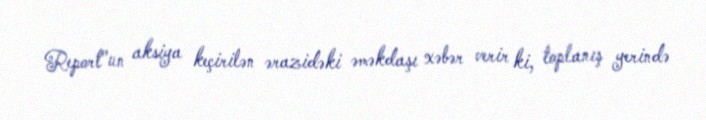
Report"un aksiya keçirilən ərazidəki əməkdaşı xəbər verir ki, toplanış yerində